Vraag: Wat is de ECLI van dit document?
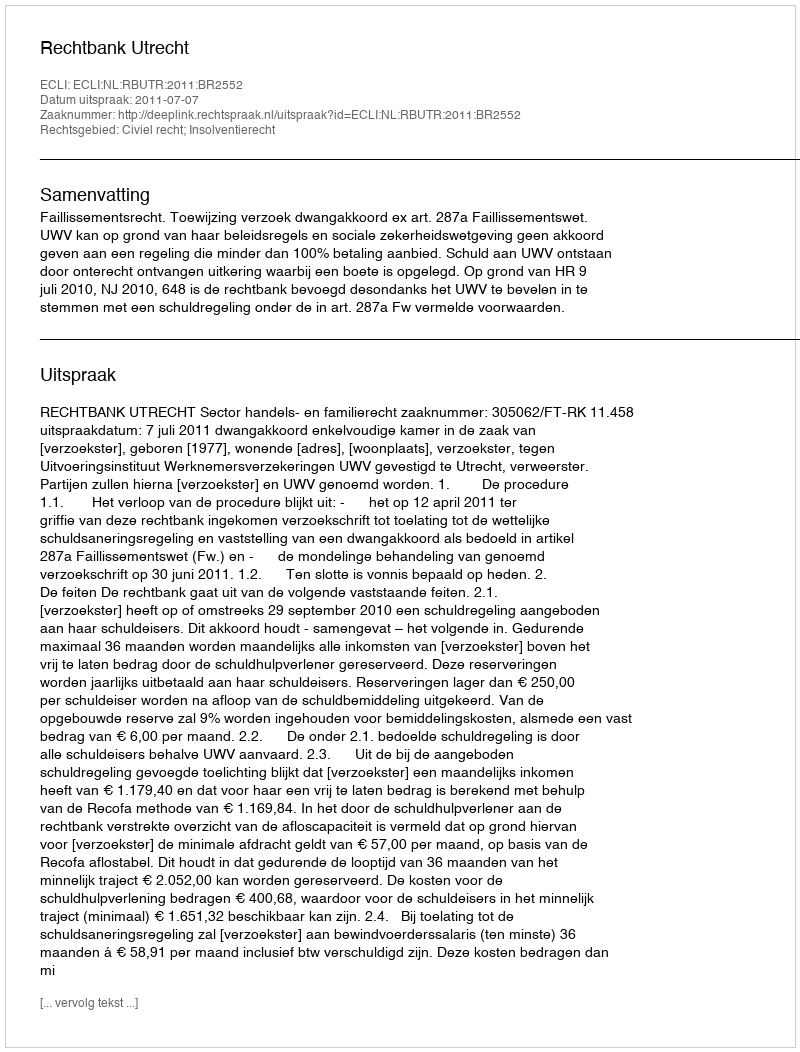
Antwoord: ECLI:NL:RBUTR:2011:BR2552